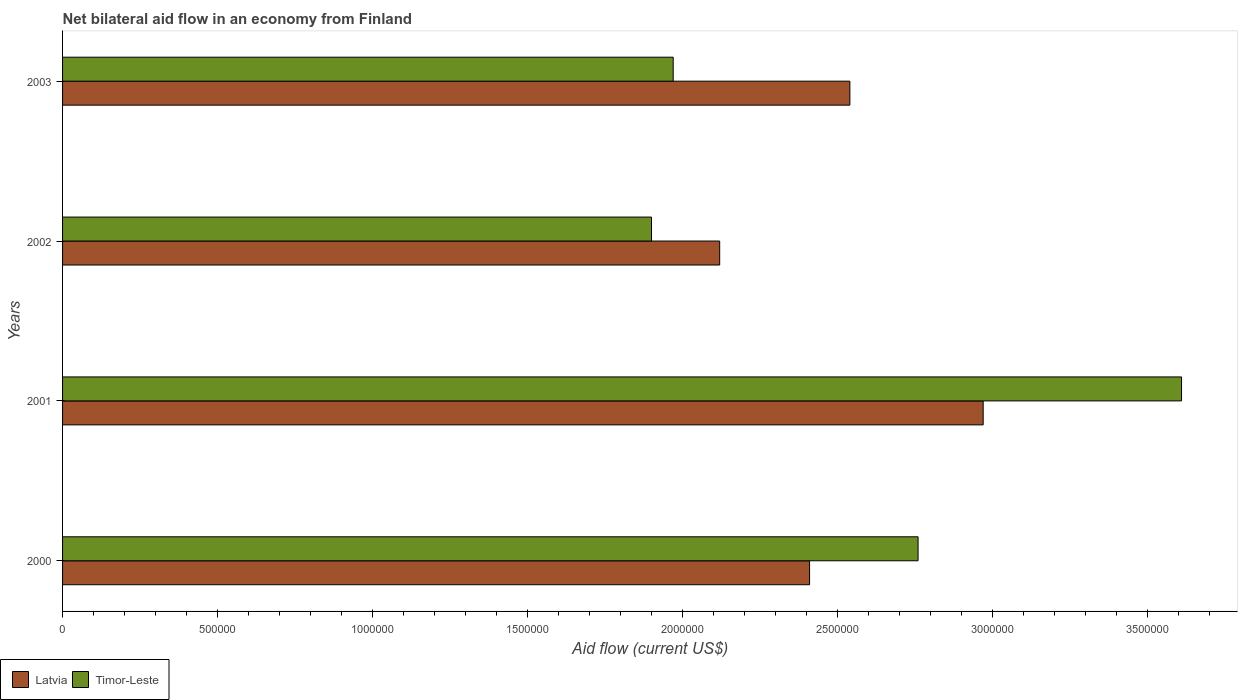
| Years | Latvia | Timor-Leste |
 | --- | --- | --- |
 | 2000 | 2.41e+06 | 2.76e+06 |
 | 2001 | 2.97e+06 | 3.61e+06 |
 | 2002 | 2.12e+06 | 1.9e+06 |
 | 2003 | 2.54e+06 | 1.97e+06 |